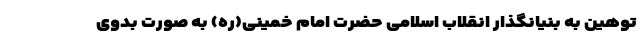
توهین به بنیانگذار انقلاب اسلامی حضرت امام خمینی(ره) به صورت بدوی